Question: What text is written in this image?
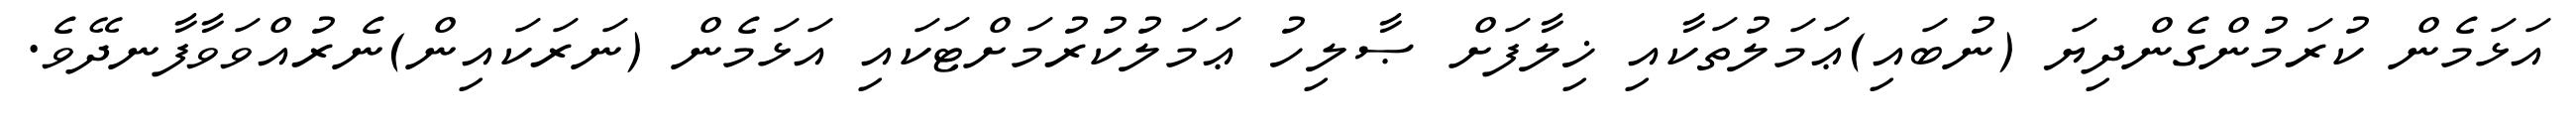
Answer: އަޅަމެން ކުރަމުންގެންދިޔަ (ނުބައި)ޢަމަލުތަކާއި ޚިލާފަށް ޞާލިހު ޢަމަލުކުރުމަށްޓަކައި އަޅަމެން (ނަރަކައިން)ނެރުއްވަވާފާނދޭވެ.